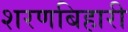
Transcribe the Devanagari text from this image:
शरणबिहारी